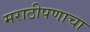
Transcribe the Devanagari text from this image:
मराठीपणाचा